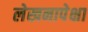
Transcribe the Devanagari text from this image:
लेखनापेक्षा